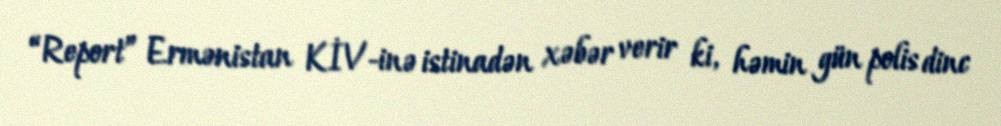
“Report” Ermənistan KİV-inə istinadən xəbər verir ki, həmin gün polis dinc